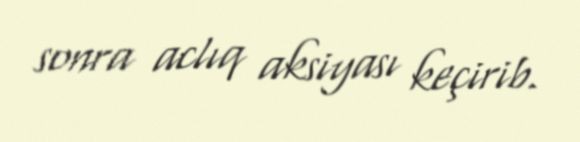
sonra aclıq aksiyası keçirib.